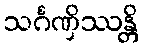
သင်္ဂဏှိဿန္တိ